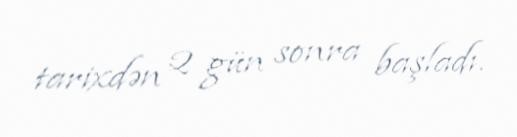
tarixdən 2 gün sonra başladı.